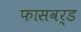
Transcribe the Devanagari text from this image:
फासवर्ड